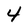
Character: 4